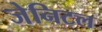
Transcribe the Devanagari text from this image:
जेनिटल